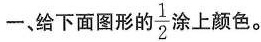
一、给下面图形的 \frac{1}{2} 涂上颜色。